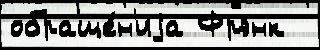
обраще́н'иjа Фрэнк